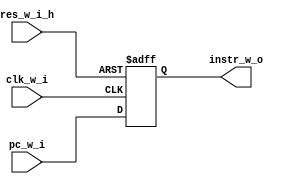
//                              -*- Mode: Verilog -*-
// Description     : program counter for the cpe cpu
// Last Modified By: Patrick
// Update Count    : 0
// Status          : Unknown, Use with caution!


//-----------------------------------------------------------------------------
// Parameters
//-----------------------------------------------------------------------------

//-----------------------------------------------------------------------------
// Module Declaration
//-----------------------------------------------------------------------------
module pc (/*AUTOARG*/
   // Outputs
   instr_w_o,
   // Inputs
   pc_w_i, clk_w_i, res_w_i_h
   ) ;

   //-----------------------------------------------------------------------------
   // Inputs
   //-----------------------------------------------------------------------------
   input wire [31:0] pc_w_i;
   input wire        clk_w_i;
   input wire        res_w_i_h;

   //-----------------------------------------------------------------------------
   // Outputs
   //-----------------------------------------------------------------------------
   output wire [31:0] instr_w_o;


   //-----------------------------------------------------------------------------
   // Internal Registers and Wires
   //-----------------------------------------------------------------------------
   reg [31:0] curr_instr_r;

   //-----------------------------------------------------------------------------
   // Instantiations
   //-----------------------------------------------------------------------------

   //-----------------------------------------------------------------------------
   // RTL
   //-----------------------------------------------------------------------------
   always @ (posedge clk_w_i or posedge res_w_i_h) begin
      if (res_w_i_h) begin
         curr_instr_r <= 0;
      end else begin
         curr_instr_r <= pc_w_i;
      end
   end

   //-----------------------------------------------------------------------------
   // Assigns
   //-----------------------------------------------------------------------------
   assign instr_w_o = curr_instr_r;

endmodule // pc